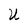
Character: U